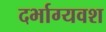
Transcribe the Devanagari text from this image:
दर्भाग्यवश